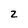
Character: Z